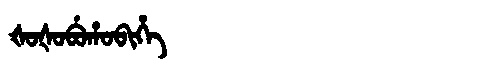
Manchu: ᡧᠣᡧᠣᠪᡠᡥᠣᠪᡳᡥᡝ
Romanization: ŠOŠOBUHOBIHE